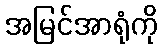
အမြင်အာရုံကို